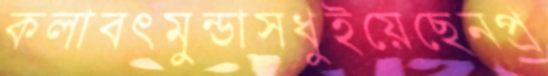
কলাবৎমুন্ডাসধুইয়েছেনপ্র